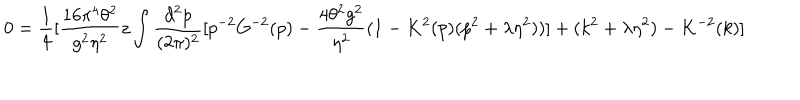
LaTeX: 0 = \frac { 1 } { 4 } [ \frac { 1 6 \pi ^ { 4 } \theta ^ { 2 } } { g ^ { 2 } \eta ^ { 2 } } z \int \frac { d ^ { 2 } p } { ( 2 \pi ) ^ { 2 } } [ p ^ { - 2 } G ^ { - 2 } ( p ) - \frac { 4 \theta ^ { 2 } g ^ { 2 } } { \eta ^ { 2 } } ( 1 - K ^ { 2 } ( p ) ( p ^ { 2 } + \lambda \eta ^ { 2 } ) ) ] + ( k ^ { 2 } + \lambda \eta ^ { 2 } ) - K ^ { - 2 } ( k ) ]